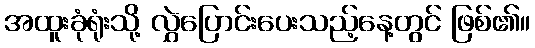
အထူးခုံရုံးသို့ လွှဲပြောင်းပေးသည့်နေ့တွင် ဖြစ်၏။